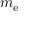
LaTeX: m _ { \mathrm { e } }